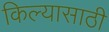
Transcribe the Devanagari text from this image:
किल्यासाठी